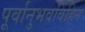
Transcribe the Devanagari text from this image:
पूर्वानुभवविहिन